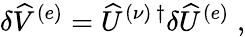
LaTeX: \delta\widehat{V}^{(e)}=\widehat{U}^{(\nu)\, \dagger}\delta\widehat{U}^{(e)}\; ,